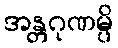
အန္တဂုဏမ္ပိ